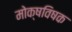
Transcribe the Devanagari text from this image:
मोक्षविषक